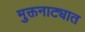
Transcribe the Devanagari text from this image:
मुक्तनाट्यात